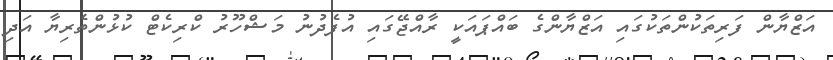
އަޒްޔާން ފަރިތަކުންތަކުގައި އަޒްޔާންގެ ބައްޕައަކީ ރާއްޖޭގައި އުފެދުނު މަޝްހޫރު ކްރިކެޓް ކުޅުންތެރިޔާ އަދި